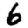
Digit: 6